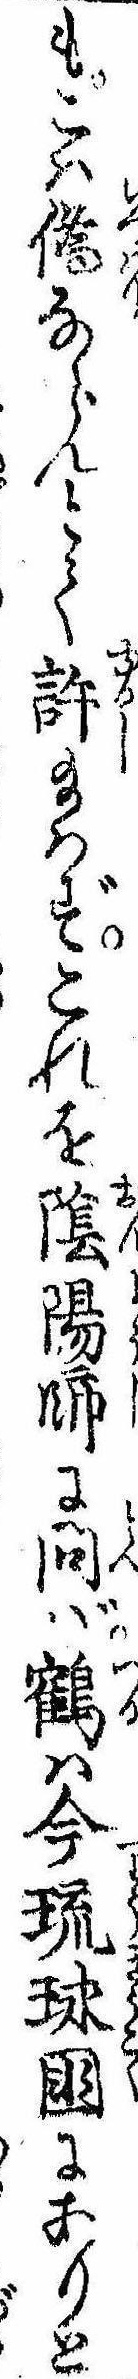
もこは偽ならんとて許給はずこれを陰陽師に問ば鶴は今琉球国にありと